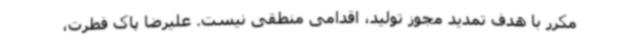
مکرر با هدف تمدید مجوز تولید، اقدامی منطقی نیست. علیرضا پاک فطرت،